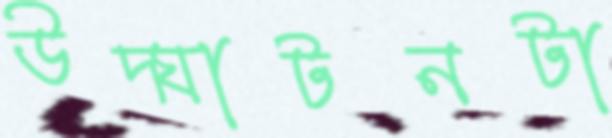
উদ্ঘাটনটা